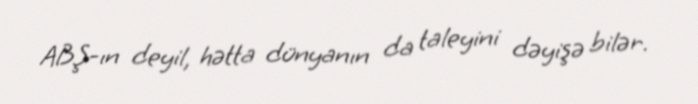
ABŞ-ın deyil, hətta dünyanın da taleyini dəyişə bilər.